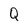
Character: Q